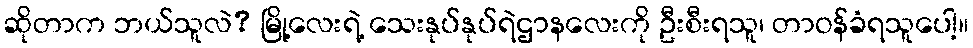
ဆိုတာက ဘယ်သူလဲ? မြို့လေးရဲ့ သေးနုပ်နုပ်ရဲဌာနလေးကို ဦးစီးရသူ၊ တာဝန်ခံရသူပေါ့။